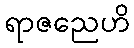
ရာဇညေဟိ